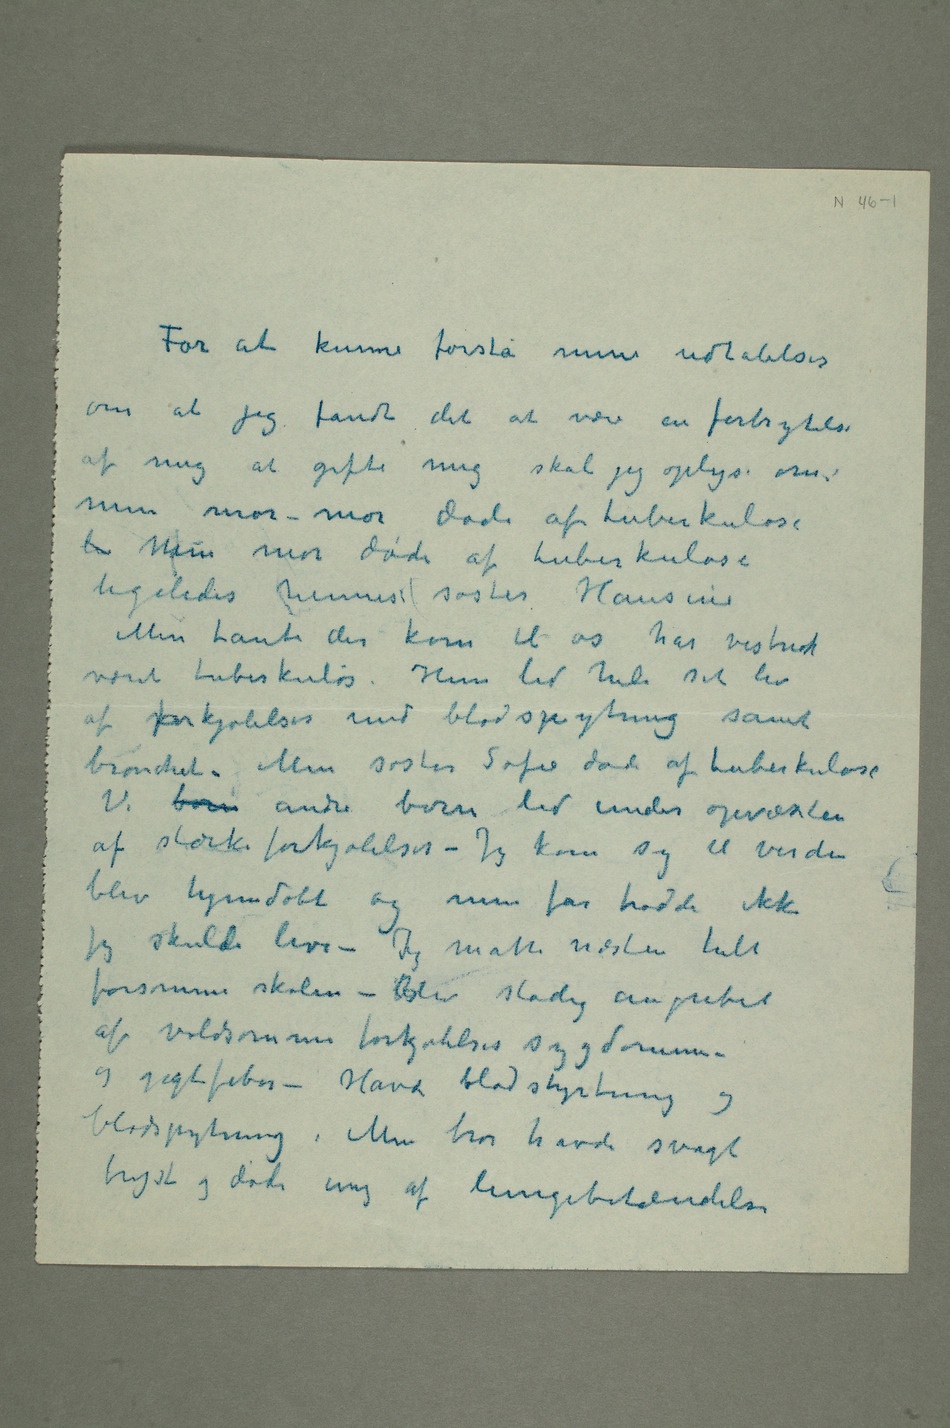
For at kunne forstå mine udtalelser
om at jeg fandt det at være en forbrytelse
af mig at gifte mig skal jeg oplyse om:
min mor-mor døde af tuberkulose
li Min mor døde af tuberkulose
ligeledes hennes søster Hansine
Min tante der kom til os har vistnok
været tuberkuløs. Hun led hele sit liv
af forkjølelser med blodspytning samt
bronchit. Min søster Sofie døde af tuberkulose
af stærke forkjølelser – Jeg kom syg til verden
blev hjemdøbt og min far trodde ikke
jeg skulde leve – Jeg måtte næsten helt
forsømme skolen – Blev stadig angrebet
og gigtfeber – Havde blodstyrtning og
blodspytning. Min bror havde svagt
bryst og døde ung af lungebetændelse